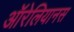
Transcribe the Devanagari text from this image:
ऑरेलियानस